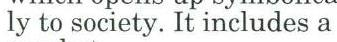
ly to society. It includes a